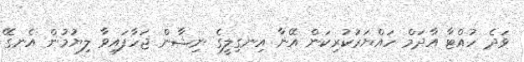
ވަދެ ހުއްޓާ އާދަމް ހައްޔަރުކުރިކަން އޭނާ އިނގިލީގެ ނިޝާން ޖަހާފައިވާ ލިޔުމުން އެނގޭ